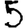
Digit: 5